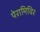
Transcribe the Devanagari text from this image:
पेरामिविर